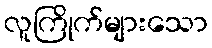
လူကြိုက်များသော